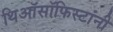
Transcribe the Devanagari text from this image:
थिऑसॉफिस्टांनी